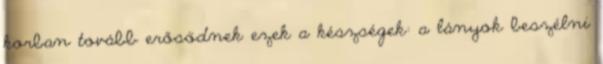
korban tovább erősödnek ezek a készségek: a lányok beszélni